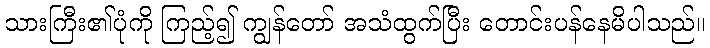
သားကြီး၏ပုံကို ကြည့်၍ ကျွန်တော် အသံထွက်ပြီး တောင်းပန်နေမိပါသည်။